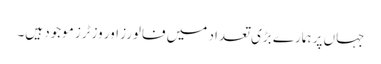
جہاں پر ہمارے بڑی تعداد میں فالورز اور وزٹرز موجود ہیں۔